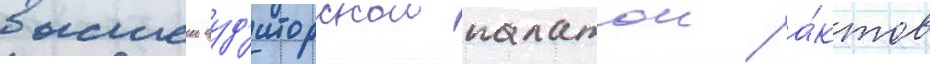
высшеи ауд'иторскои палатои а́ктов